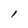
Character: l